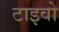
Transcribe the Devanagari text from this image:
टाइवो